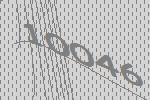
10046